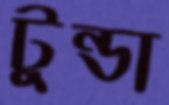
টুন্ডা